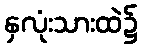
နှလုံးသားထဲ၌